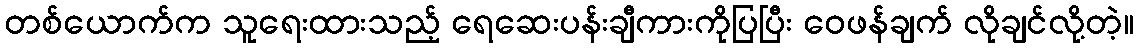
တစ်ယောက်က သူရေးထားသည့် ရေဆေးပန်းချီကားကိုပြပြီး ဝေဖန်ချက် လိုချင်လို့တဲ့။